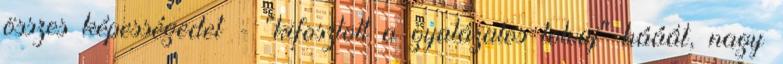
összes képességedet - "kifosztott a gyalázatos tolvaj" hááát, nagy